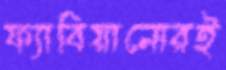
ফ্যাবিয়ানোরই